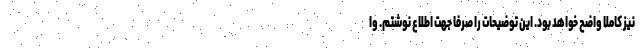
نیز کاملا واضح خواهد بود. این توضیحات را صرفا جهت اطلاع نوشتم. وا